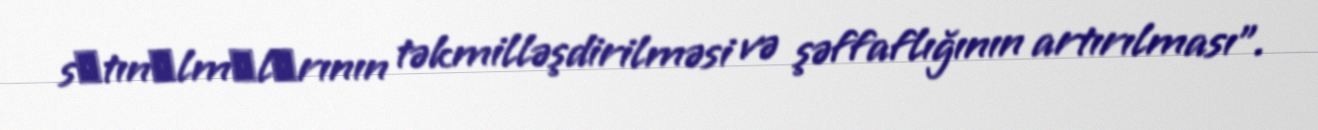
sаtınаlmаlаrının təkmilləşdirilməsi və şəffaflığının artırılması”.